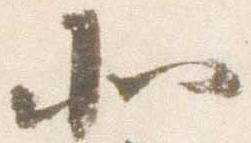
北